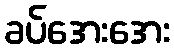
ခပ်အေးအေး